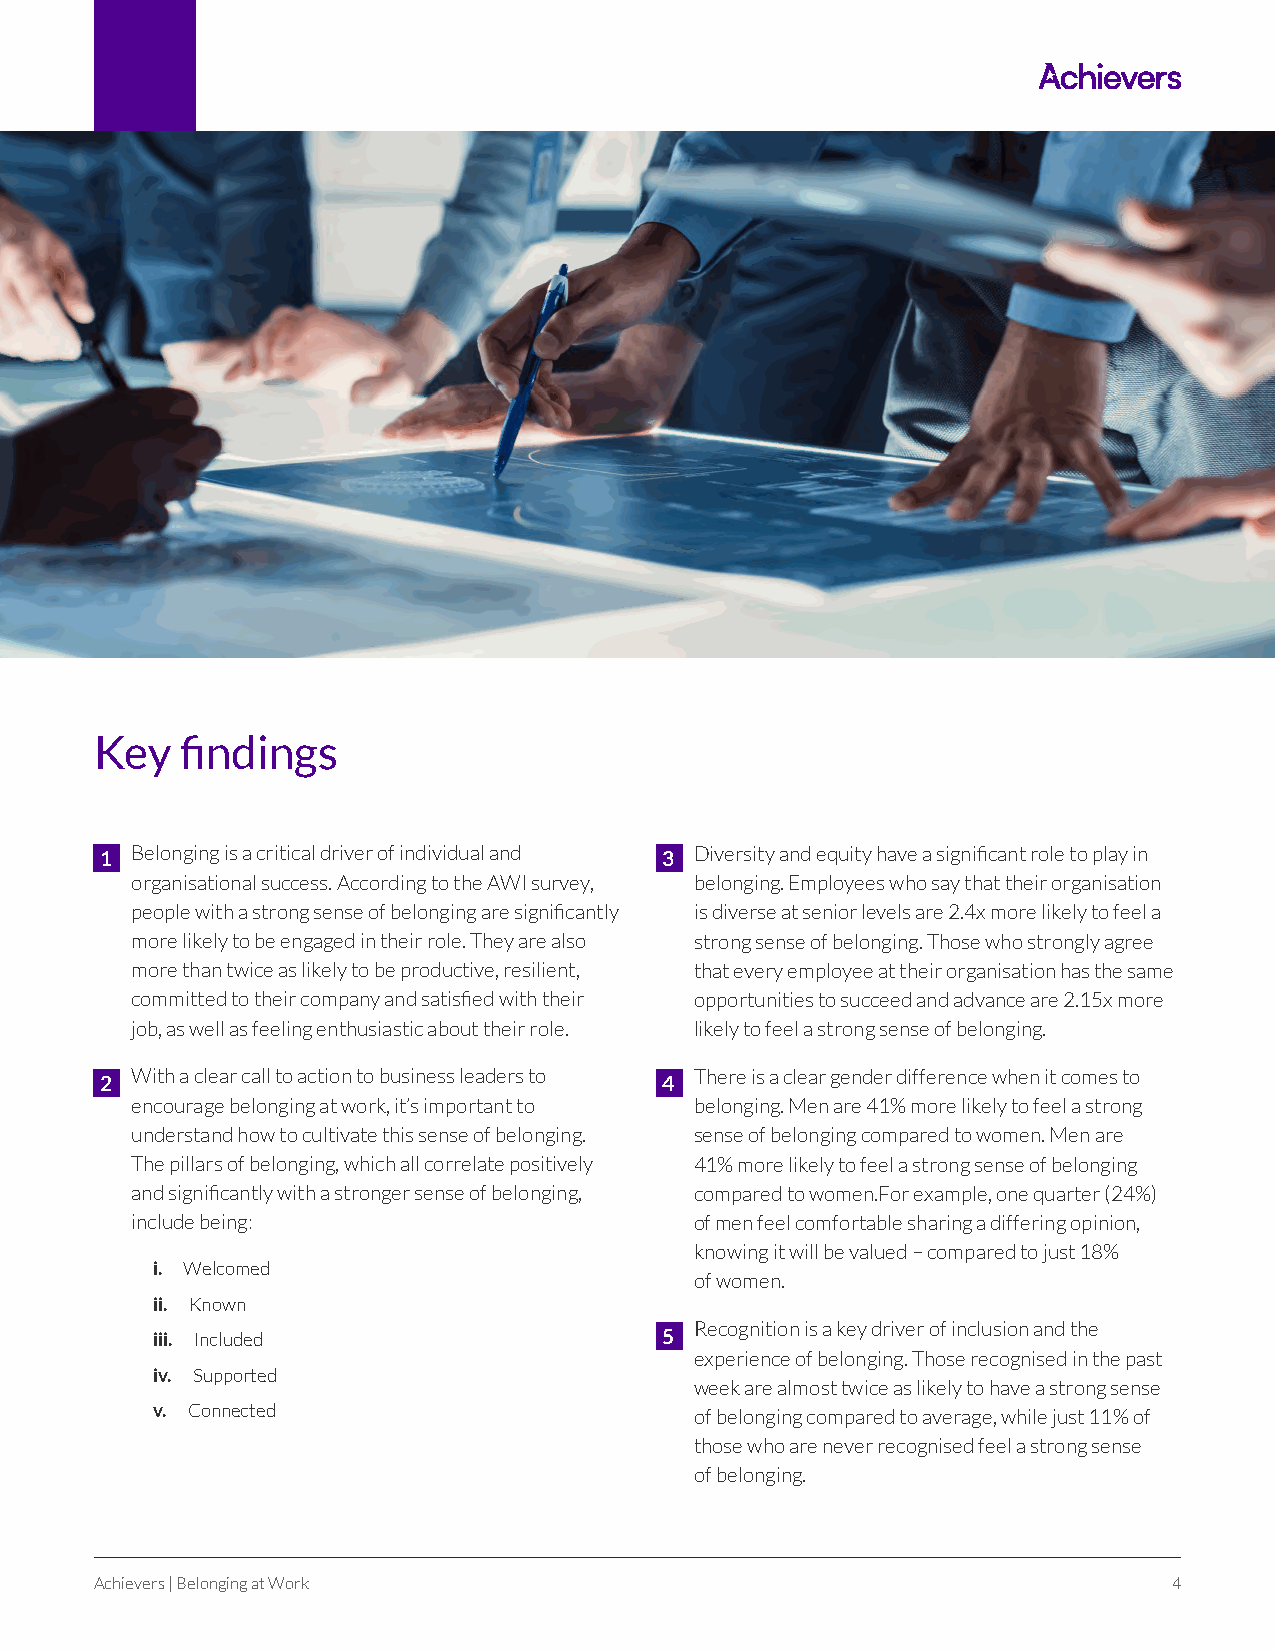
Key   findings
 1 Belonging is a critical driver of individual and 3 Diversity and equity have a significant role to play in
 organisational success. According to the AWI survey, belonging. Employees who say that their organisation
 people with a strong sense of belonging are significantly is diverse at senior levels are 2.4x more likely to feel a
 more likely to be engaged in their role. They are also strong sense of belonging. Those who strongly agree
 more than twice as likely to be productive, resilient, that every employee at their organisation has the same
 committed to their company and satisfied with their opportunities to succeed and advance are 2.15x more
 job, as well as feeling enthusiastic about their role. likely to feel a strong sense of belonging.
 With a clear call to action to business leaders to There is a clear gender difference when it comes to
 2                                    4
 encourage belonging at work, it’s important to belonging. Men are 41% more likely to feel a strong
 understand how to cultivate this sense of belonging. sense of belonging compared to women. Men are
 The pillars of belonging, which all correlate positively 41% more likely to feel a strong sense of belonging
 and significantly with a stronger sense of belonging, compared to women.For example, one quarter (24%)
 include being:                       of men feel comfortable sharing a differing opinion,
 knowing it will be valued – compared to just 18%
 i. Welcomed
 of women.
 ii. Known
 Recognition is a key driver of inclusion and the
 iii. Included                     5
 experience of belonging. Those recognised in the past
 iv. Supported
 week are almost twice as likely to have a strong sense
 v. Connected                        of belonging compared to average, while just 11% of
 those who are never recognised feel a strong sense
 of belonging.
 Achievers | Belonging at Work                                           4